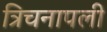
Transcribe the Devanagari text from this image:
त्रिचनापली